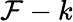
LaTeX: \mathcal{F}-k